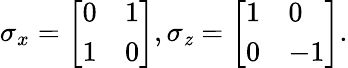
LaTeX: \sigma_{x}=\left[\begin{array}{ll}{0}&{1}\\ {1}&{0}\end{array}\right],\sigma_{\mathit{z}}=\left[\begin{array}{ll}{1}&{0}\\ {0}&{-1}\end{array}\right].